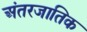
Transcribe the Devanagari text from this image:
अंतरजातिक